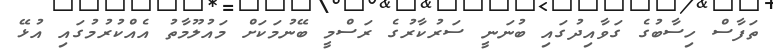
ތަފާސް ހިސާބުގެ ގަވާއިދުގައި ބުނަނީ ސަރުކާރުގެ ރަސްމީ ބޭނުމަކަށް މައުލޫމާތު އެއްކުރުމުގައި އުޅޭ